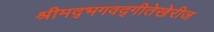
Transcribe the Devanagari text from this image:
श्रीमद्‌भगवद्‌गीतेखेरीज